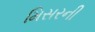
મિસરની